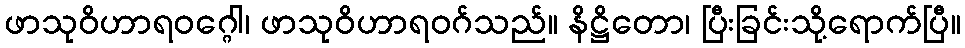
ဖာသုဝိဟာရဝဂ္ဂေါ၊ ဖာသုဝိဟာရဝဂ်သည်။ နိဋ္ဌိတော၊ ပြီးခြင်းသို့ရောက်ပြီ။